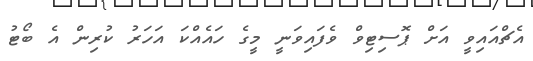
އެޗްއައިވީ އަށް ޕޮސިޓިވް ވެފައިވަނީ މީގެ ހައެއްކަ އަހަރު ކުރިން އެ ބޯޓު